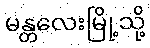
မန္တလေးမြို့သို့